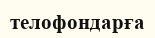
телофондарға